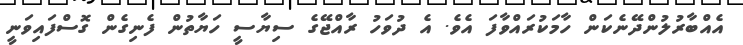
އެއްބާރުލުންދޭނެކަން ހާމަކުރައްވާފަ އެވެ. އެ ދުވަހު ރާއްޖޭގެ ސިޔާސީ ހަޔާތުން ފެނިގެން ގޮސްފައިވަނީ